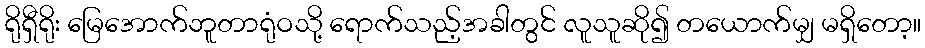
ရိုရှီရိုး မြေအောက်ဘူတာရုံဝသို့ ရောက်သည့်အခါတွင် လူသူဆို၍ တယောက်မျှ မရှိတော့။